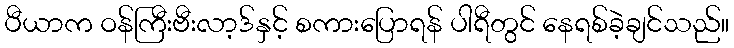
ပီယာက ဝန်ကြီးဗီးလာ့ဒ်နှင့် စကားပြောရန် ပါရီတွင် နေရစ်ခဲ့ချင်သည်။